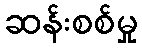
ဆန်းစစ်မှု